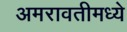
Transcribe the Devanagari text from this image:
अमरावतीमध्ये